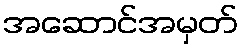
အဆောင်အမှတ်